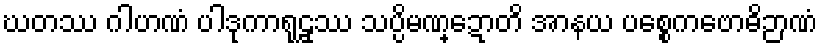
ဃတဿ ဂါဟဏံ ပါဒုကာရုဠှဿ သပ္ပိမဏ္ဍောတိ အာနယ ပစ္စေကဗောဓိဉာဏံ